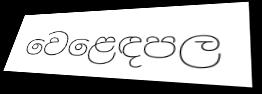
වෙළෙඳපල